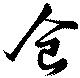
食